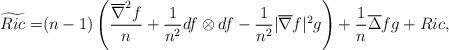
LaTeX: \begin{align*} \widetilde{Ric} =& (n-1)\left(\frac{\overline{\nabla}^2f}n+\frac 1{n^2}df\otimes df-\frac 1{n^2}|\overline{\nabla} f|^2g\right) +\frac 1{n}\overline{\Delta} fg+Ric,\end{align*}